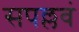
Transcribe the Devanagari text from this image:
सपल्लवं